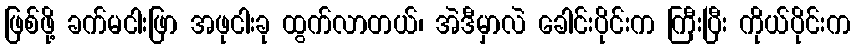
ဖြစ်ဖို့ ခက်မငါးဖြာ အဖုငါးခု ထွက်လာတယ်၊ အဲဒီမှာလဲ ခေါင်းပိုင်းက ကြီးပြီး ကိုယ်ပိုင်းက